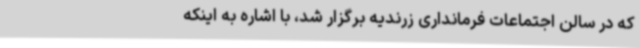
که در سالن اجتماعات فرمانداری زرندیه برگزار شد، با اشاره به اینکه